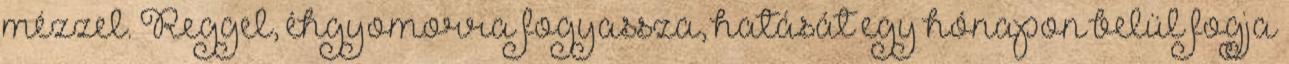
mézzel. Reggel, éhgyomorra fogyassza, hatását egy hónapon belül fogja